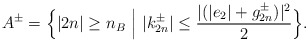
\begin{align*}A^\pm= \Big\{|2n|\geq n_B \,\,\Big|\,\, |k^\pm_{2n}|\leq \frac{ | (|e_2| + g^\pm_{2n})|^2 }{2}\Big\}.\end{align*}